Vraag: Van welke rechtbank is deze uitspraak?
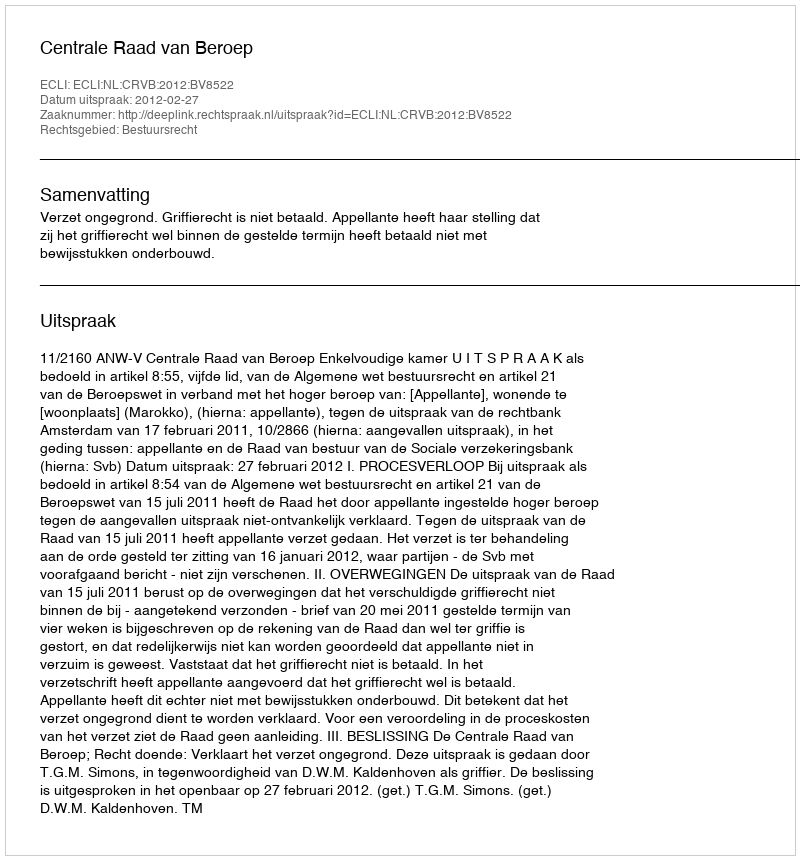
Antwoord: Centrale Raad van Beroep